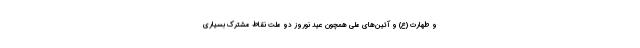
و طهارت (ع) و آئین‌های ملی همچون عید نوروز دو ملت نقاط مشترک بسیاری